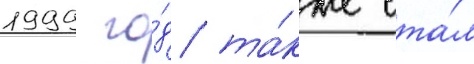
1999 го́д та́кже ста́л